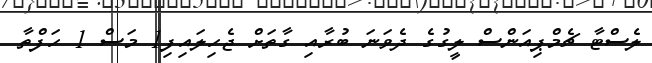
ލެސްޓާ ޗެމްޕިއަންސް ލީގުގެ ދެވަނަ ބުރާއި ގާތަށް ޖެހިލައިފި1 މަސް 1 ހަފްތާ